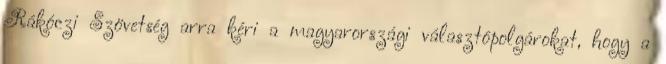
Rákóczi Szövetség arra kéri a magyarországi választópolgárokat, hogy a